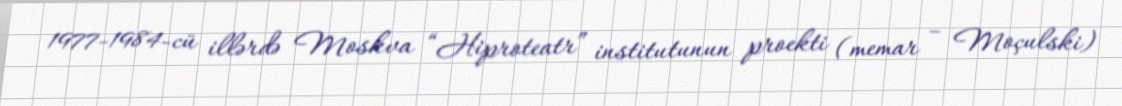
1977-1984-cü illərdə Moskva “Hiproteatr” institutunun proekti (memar – Moçulski)